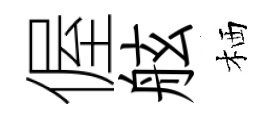
偓舷栖